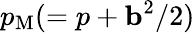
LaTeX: p_{\mathrm{{M}}}(=p+{\mathbf{b}}^{2}/2)